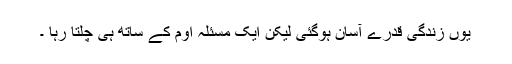
یوں زندگی قدرے آسان ہوگئی لیکن ایک مسئلہ اوم کے ساتھ ہی چلتا رہا ۔